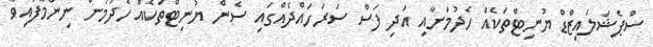
ސްޕެޝަލައިޒްޑް ޔުނިޓްތަކެއް ހެދުމަށާއި އަދި ފަސް ސަރަހައްދެއްގައި ސެން ޔުނިޓްތަކެއް ހެދުމަށް ނިންމާފައިވާ